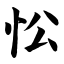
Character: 忪